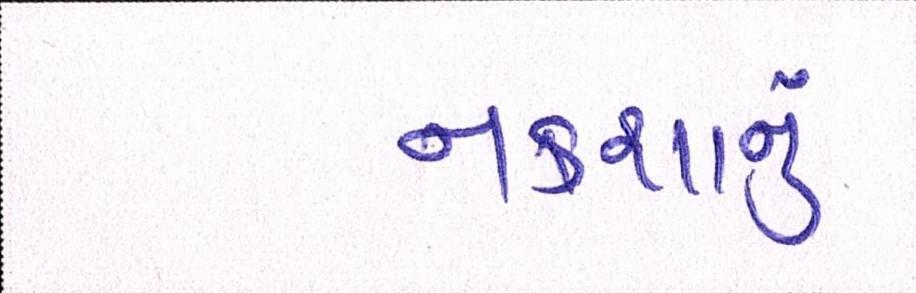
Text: નકશાનું